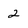
Character: 2